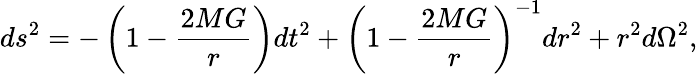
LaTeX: ds^{2}=-\left(1-\frac{2MG}{r}\right)dt^{2}+\left(1-\frac{2MG}{r}\right)^{-1}dr^{2}+r^{2}d\Omega^{2},